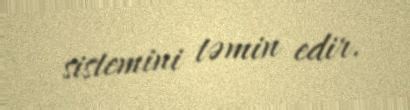
sistemini təmin edir.